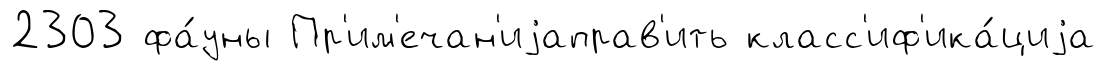
2303 фа́уны Пр'им'ечан'иjаправ'ить класс'иф'ика́циjа